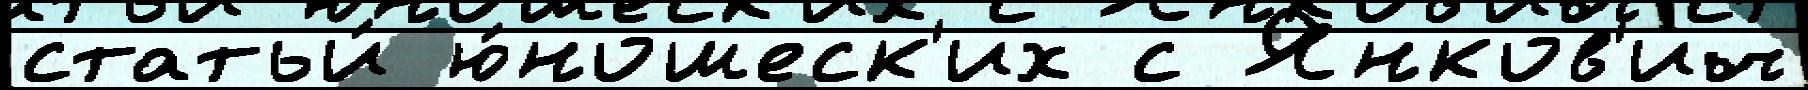
статьи́ ю́ношеск'их с Янков'ич